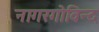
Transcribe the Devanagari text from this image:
नागरगोविन्द